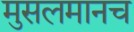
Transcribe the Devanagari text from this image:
मुसलमानच